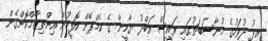
އީދު ދުވަހުގެ މުނާސަބަތުގައި ރައީސް އަބްދު ޔާމީން ގެ ކެމްޕޭން އޮފީހުން އިންތިޒާމްކޮށްގެން